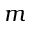
m